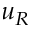
u _ { R }